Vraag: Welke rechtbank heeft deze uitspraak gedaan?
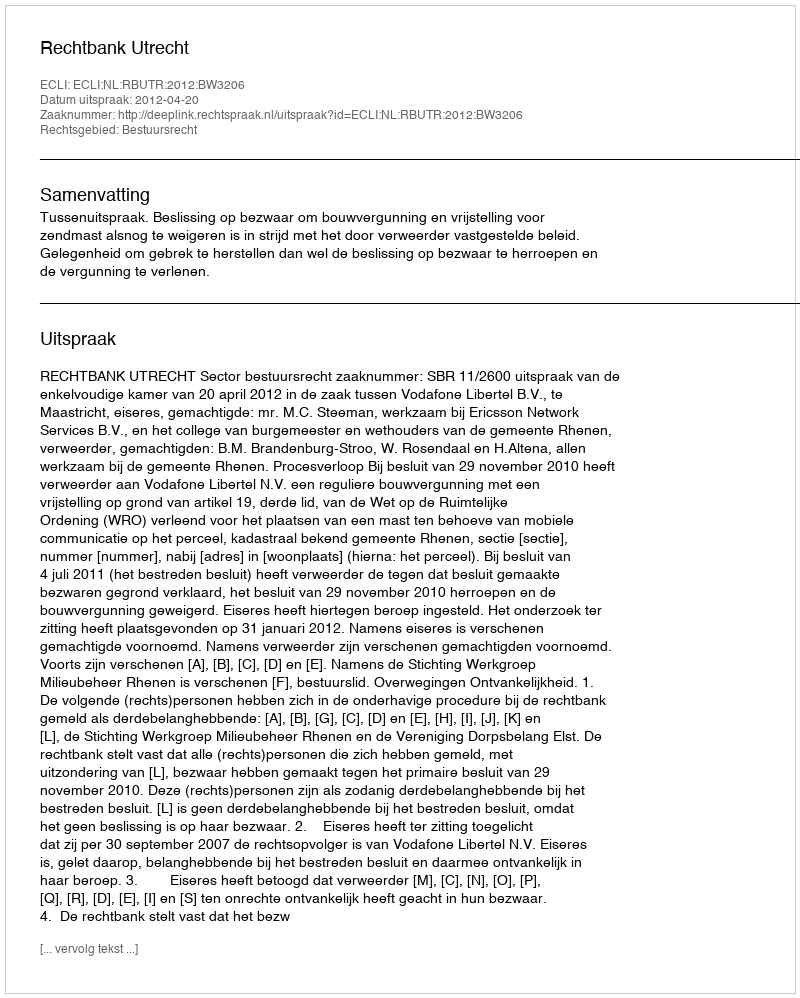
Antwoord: Rechtbank Utrecht